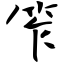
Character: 笮